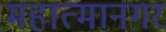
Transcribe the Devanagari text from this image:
महात्मानगर